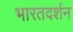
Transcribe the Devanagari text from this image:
भारतदर्शन